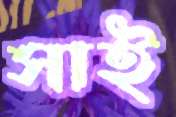
সাই